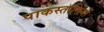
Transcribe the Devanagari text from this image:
पाकस्तानियों